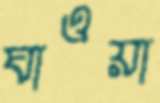
ঘাওয়া